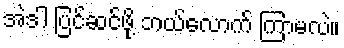
အဲဒါ ပြင်ဆင်ဖို့ ဘယ်လောက် ကြာမလဲ။